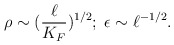
\begin{align*}\rho \sim (\frac{\ell}{K_F})^{1/2};\;\epsilon \sim \ell^{-1/2}.\end{align*}